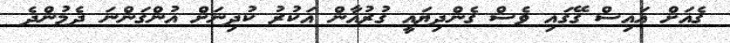
ގެއަށް އައިސް ގޭގައި ވެސް ގެންދިޔައީ ގުރުއާން އަކުރު ކުދިނަށް އުންގަންނަ ދެމުންދެ